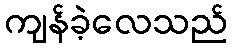
ကျန်ခဲ့လေသည်